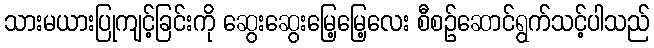
သားမယားပြုကျင့်ခြင်းကို ဆွေးဆွေးမြေ့မြေ့လေး စီစဉ်ဆောင်ရွက်သင့်ပါသည်